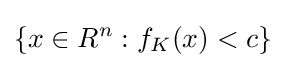
\{x\in R^{n}:f_{K}(x)<c\}